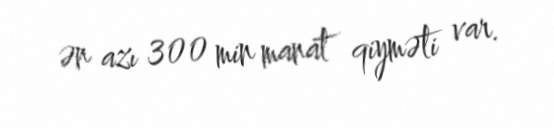
ən azı 300 min manat qiyməti var.